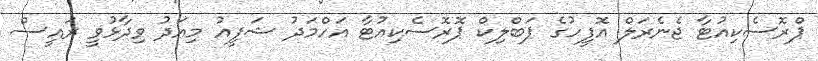
ޕްރޮސެކިއުޓާ ޖެނެރަލް އޮފީހުގެ ޕަބްލިކް ޕޮރޮސެކިއުޓާ އަހްމަދު ޝަފީއު މިއަދު ވިދާޅުވީ ރައީސް